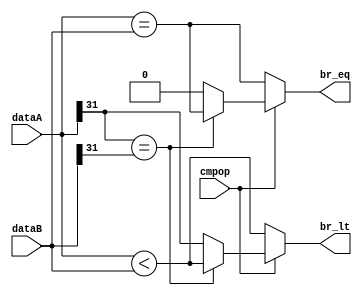
module branch_comp(dataA, dataB, br_eq, br_lt, cmpop);
	parameter WID_DATA = 32;
	input [WID_DATA-1:0]dataA, dataB;
	input cmpop;
	output reg br_eq, br_lt;
	
	always@(dataA or dataB or cmpop)
	begin
		if (cmpop == 1'b1) // so sanh co dau
		begin
			if (dataA[WID_DATA-1] == dataB[WID_DATA-1]) // dataA va dataB cung bit dau
			begin 
				br_eq = (dataA == dataB); // br_eq = 1 neu A = B, br_eq = 0 neu A != B
				br_lt = (dataA < dataB); 
			end
			else // dataA != dataB
			begin
				br_eq = 1'b0; // br_eq = 1 neu A = B, br_eq = 0 neu A != B
				br_lt = (dataA[WID_DATA-1] == 1);
			end
		end
		else // so sanh khong dau
		begin 
			br_eq = (dataA == dataB); 
			br_lt = (dataA < dataB);
		end
	end
endmodule